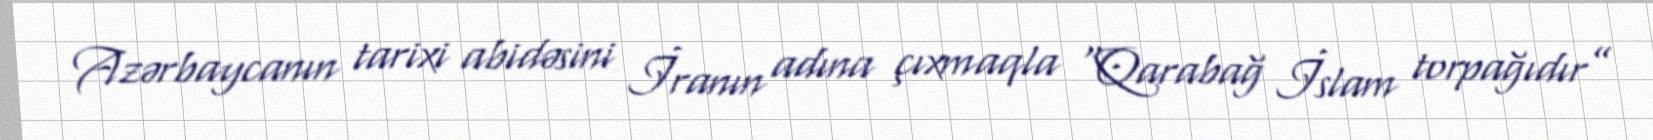
Azərbaycanın tarixi abidəsini İranın adına çıxmaqla “Qarabağ İslam torpağıdır”